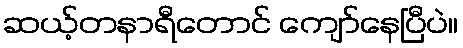
ဆယ့်တနာရီတောင် ကျော်နေပြီပဲ။